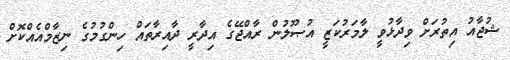
ޝުޖާއު އިތުރަށް ވިދާޅުވީ ލާމަރުކަޒީ އުޞޫލުން ރާއްޖޭގެ އިދާރީ ދާއިރާތައް ހިންގުމުގެ ނިޒާމްއެއްކޮށް